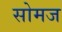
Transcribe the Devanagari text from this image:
सोमज